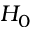
H _ { 0 }